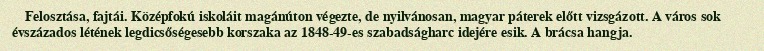
Felosztása, fajtái. Középfokú iskoláit magánúton végezte, de nyilvánosan, magyar páterek előtt vizsgázott. A város sok évszázados létének legdicsőségesebb korszaka az 1848-49-es szabadságharc idejére esik. A brácsa hangja.